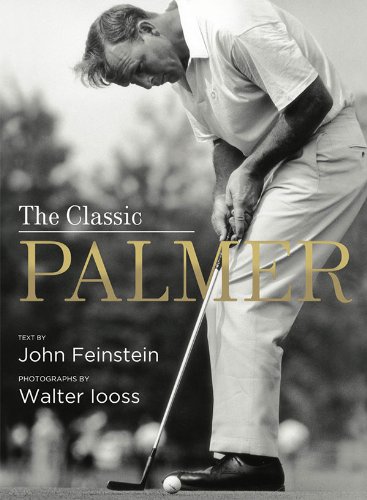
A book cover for The Classic Palmer; John Feinstein; Biographies & Memoirs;